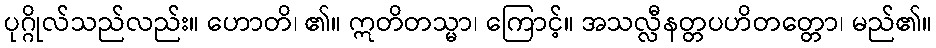
ပုဂ္ဂိုလ်သည်လည်း။ ဟောတိ၊ ၏။ ဣတိတသ္မာ၊ ကြောင့်။ အသလ္လီနတ္တပဟိတတ္တော၊ မည်၏။